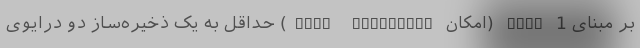
بر مبنای RAID 1 (امکان Disk Mirroring) حداقل به یک ذخیره‌ساز دو درایوی